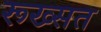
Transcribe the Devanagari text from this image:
रूख्सत